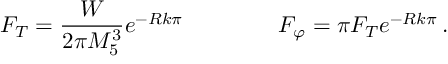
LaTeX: F _ { T } = \frac { W } { 2 \pi M _ { 5 } ^ { 3 } } e ^ { - R k \pi } \, \qquad \qquad F _ { \varphi } = \pi F _ { T } e ^ { - R k \pi } \, .